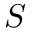
S